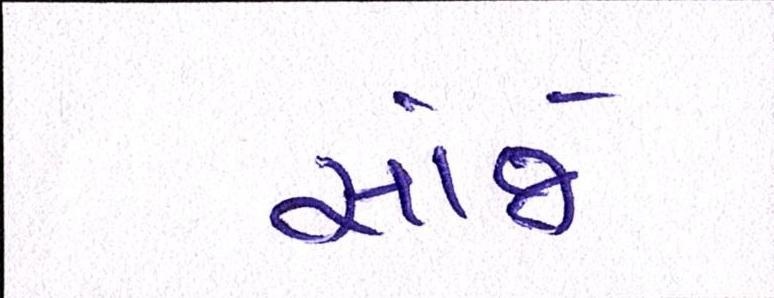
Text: સાંજે